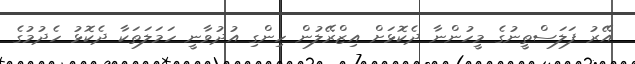
އޭރު ފަލަސްތީނުގެ މީހުންނާ ދެކޮޅަށް އިޒްރޭލުން ހިންގި އުދުވާނީ ހަމަލަތަކާ ދެކޮޅު ހެދުމުގެ